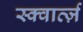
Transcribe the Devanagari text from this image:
स्क्वार्त्ज़